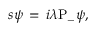
s \psi \, = \, i \lambda \mathrm { P } _ { - } \psi ,